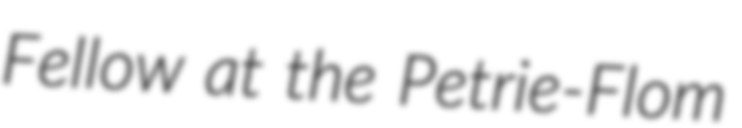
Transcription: Fellow at the Petrie-Flom